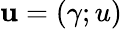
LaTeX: \mathbf{u}=(\gamma;u)